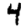
Digit: 4